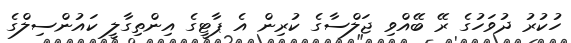
ހުކުރު ދުވަހުގެ ރޭ ބޭއްވި ޖަލްސާގެ ކުރިން އެ ޕާޓީގެ އިންތިގާލީ ކައުންސިލްގެ